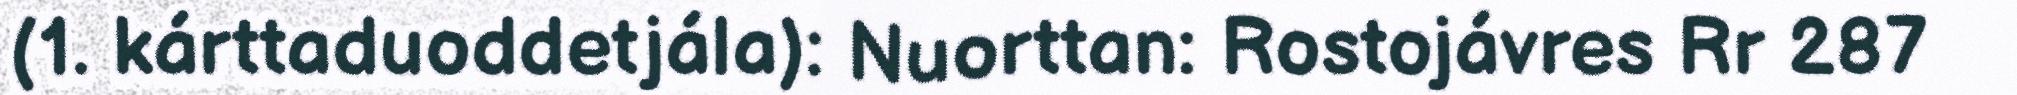
(1. kárttaduoddetjála): Nuorttan: Rostojávres Rr 287